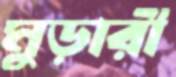
মুড়ারী